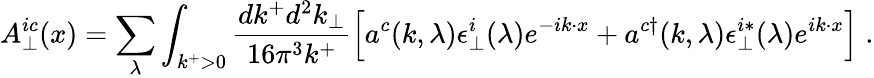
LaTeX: A_{\perp}^{ic}(x)=\sum_{\lambda}\int_{k^{+}>0}{\frac{dk^{+}d^{2}k_{\perp}}{16\pi^{3}k^{+}}}\Bigl[a^{c}(k,\lambda)\epsilon_{\perp}^{i}(\lambda)e^{-ik\cdot x}+a^{c\dagger}(k,\lambda)\epsilon_{\perp}^{i*}(\lambda)e^{ik\cdot x}\Bigr]\; .